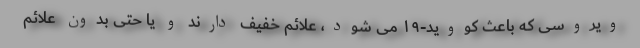
ویروسی که باعث کووید-۱۹ می شود، علائم خفیف دارند و یا حتی بدون علائم